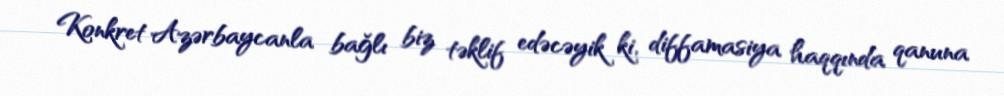
Konkret Azərbaycanla bağlı biz təklif edəcəyik ki, diffamasiya haqqında qanuna